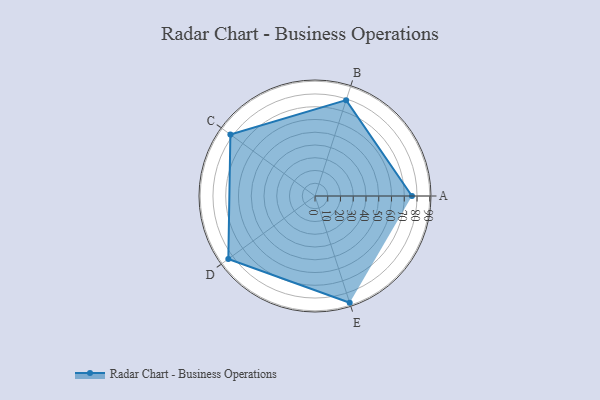
{"axis": {"x": "Skill", "y": "Score"}, "legend": ["Profile"], "data": [{"x": "A", "y": 76.0, "type": "Profile"}, {"x": "B", "y": 79.0, "type": "Profile"}, {"x": "C", "y": 82.0, "type": "Profile"}, {"x": "D", "y": 84.0, "type": "Profile"}, {"x": "E", "y": 88.0, "type": "Profile"}]}